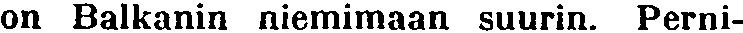
on Balkanin niemimaan suurin. Perni-